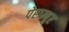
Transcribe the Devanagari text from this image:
पेराम्बुर